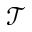
\mathcal { T }